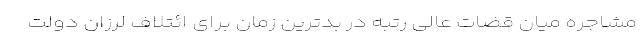
مشاجره میان قضات عالی رتبه در بدترین زمان برای ائتلاف لرزان دولت